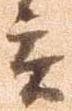
言